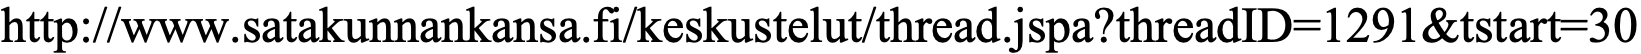
http://www.satakunnankansa.fi/keskustelut/thread.jspa?threadID=1291&tstart=30